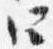
四